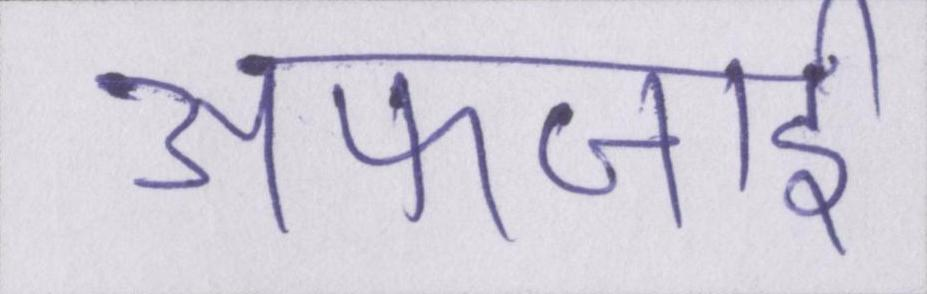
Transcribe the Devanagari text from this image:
अफजाई